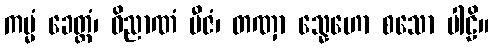
ကမ္မံ ခေတ္တံ၊ ဝိညာဏံ ဗီဇံ၊ တဏှာ သ္နေဟော စသော ပါဠိ။